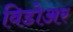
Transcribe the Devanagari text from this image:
विडोअर